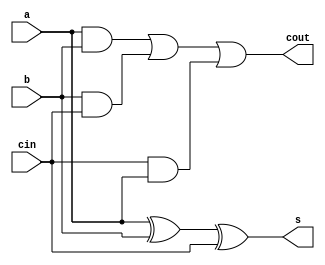
`timescale 1ns / 1ps
//////////////////////////////////////////////////////////////////////////////////
// Company: 
// Engineer: 
// 
// Design Name: 
// Module Name: full
// Project Name: 
// Target Devices: 
// Tool Versions: 
// Description: 
// 
// Dependencies: 
// 
// Revision:
// Revision 0.01 - File Created
// Additional Comments:
// 
//////////////////////////////////////////////////////////////////////////////////


module full(
    input a,
    input b,
    input cin,
    output s,
    output cout
    );
    assign s=a^b^cin;
    assign cout=a&b || b&cin|| cin&a;
endmodule